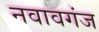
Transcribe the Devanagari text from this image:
नवावगंज